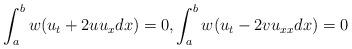
LaTeX: \begin{align*}\int ^{b}_{a} w( u_{t}+2uu_{x} dx)=0, \int ^{b}_{a} w(u_{t}-2vu_{xx} dx)=0\end{align*}